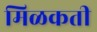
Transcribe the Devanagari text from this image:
मिळकती